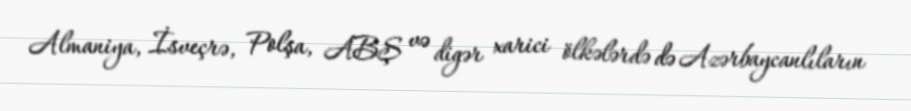
Almaniya, İsveçrə, Polşa, ABŞ və digər xarici ölkələrdə də Azərbaycanlıların